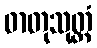
ဓာတုသုတ္တံ